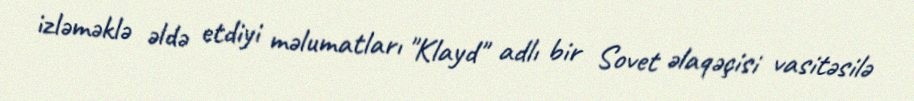
izləməklə əldə etdiyi məlumatları "Klayd" adlı bir Sovet əlaqəçisi vasitəsilə